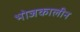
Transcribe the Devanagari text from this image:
भोजकालीन